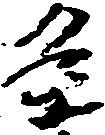
条